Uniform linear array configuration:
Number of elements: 8
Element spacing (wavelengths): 1
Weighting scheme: uniform
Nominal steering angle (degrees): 45
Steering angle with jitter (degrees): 44.413
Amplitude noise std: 0.05
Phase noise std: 0.05

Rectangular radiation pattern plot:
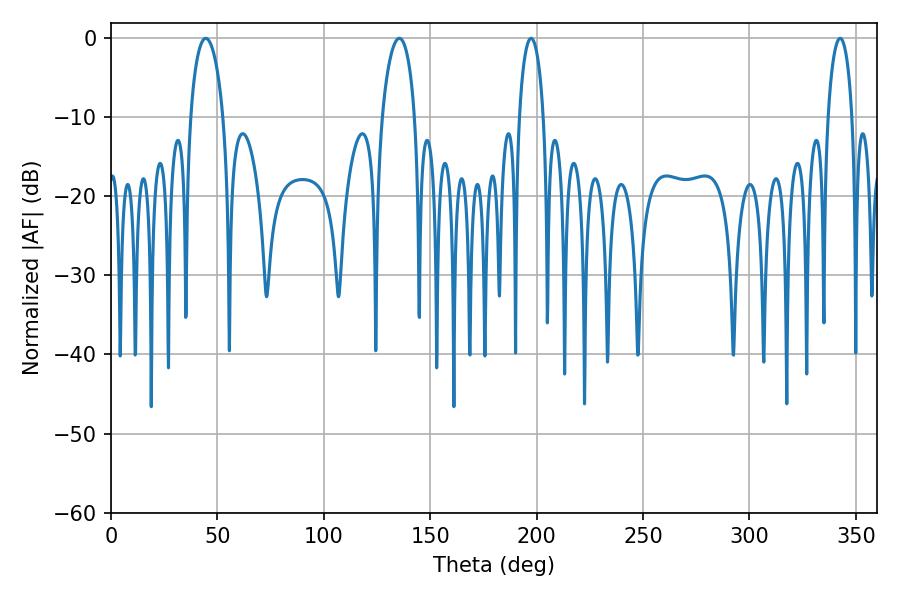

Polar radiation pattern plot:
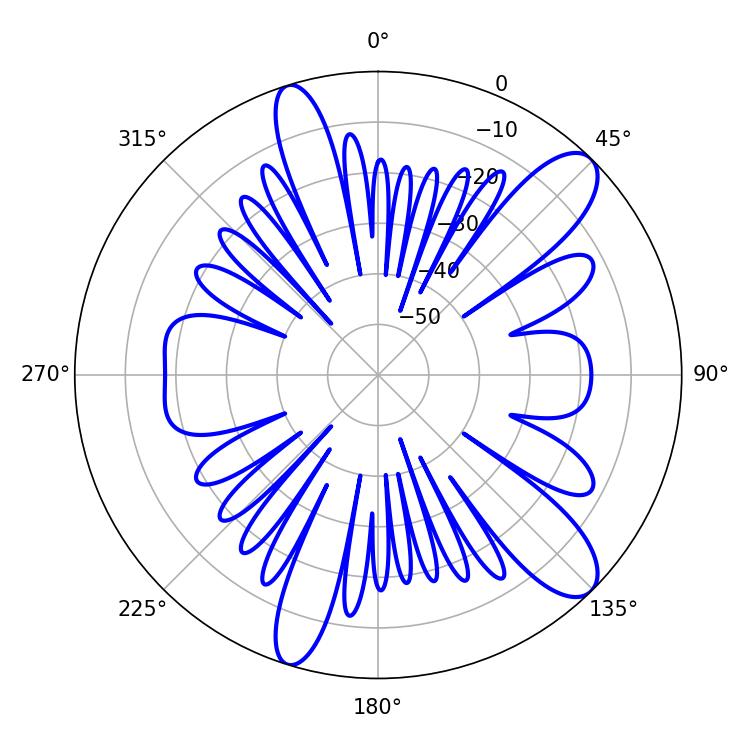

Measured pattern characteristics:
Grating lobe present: TRUE
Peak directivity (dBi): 10.981
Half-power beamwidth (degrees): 8.82
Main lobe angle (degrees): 44.46